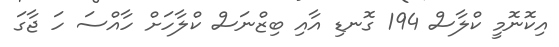
އިކޮނޮމީ ކްލާސް 194 ގޮނޑި އާއި ބިޒްނަސް ކްލާހަށް ހާއްސަ ހަ ޖާގަ